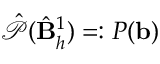
\hat { \mathcal { P } } ( \hat { \mathbf { B } } _ { h } ^ { 1 } ) = : P ( \mathbf { b } )